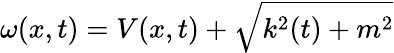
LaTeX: \omega(x,t)=V(x,t)+\sqrt{k^{2}(t)+m^{2}}